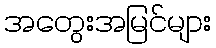
အတွေးအမြင်များ